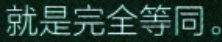
就是完全等同。